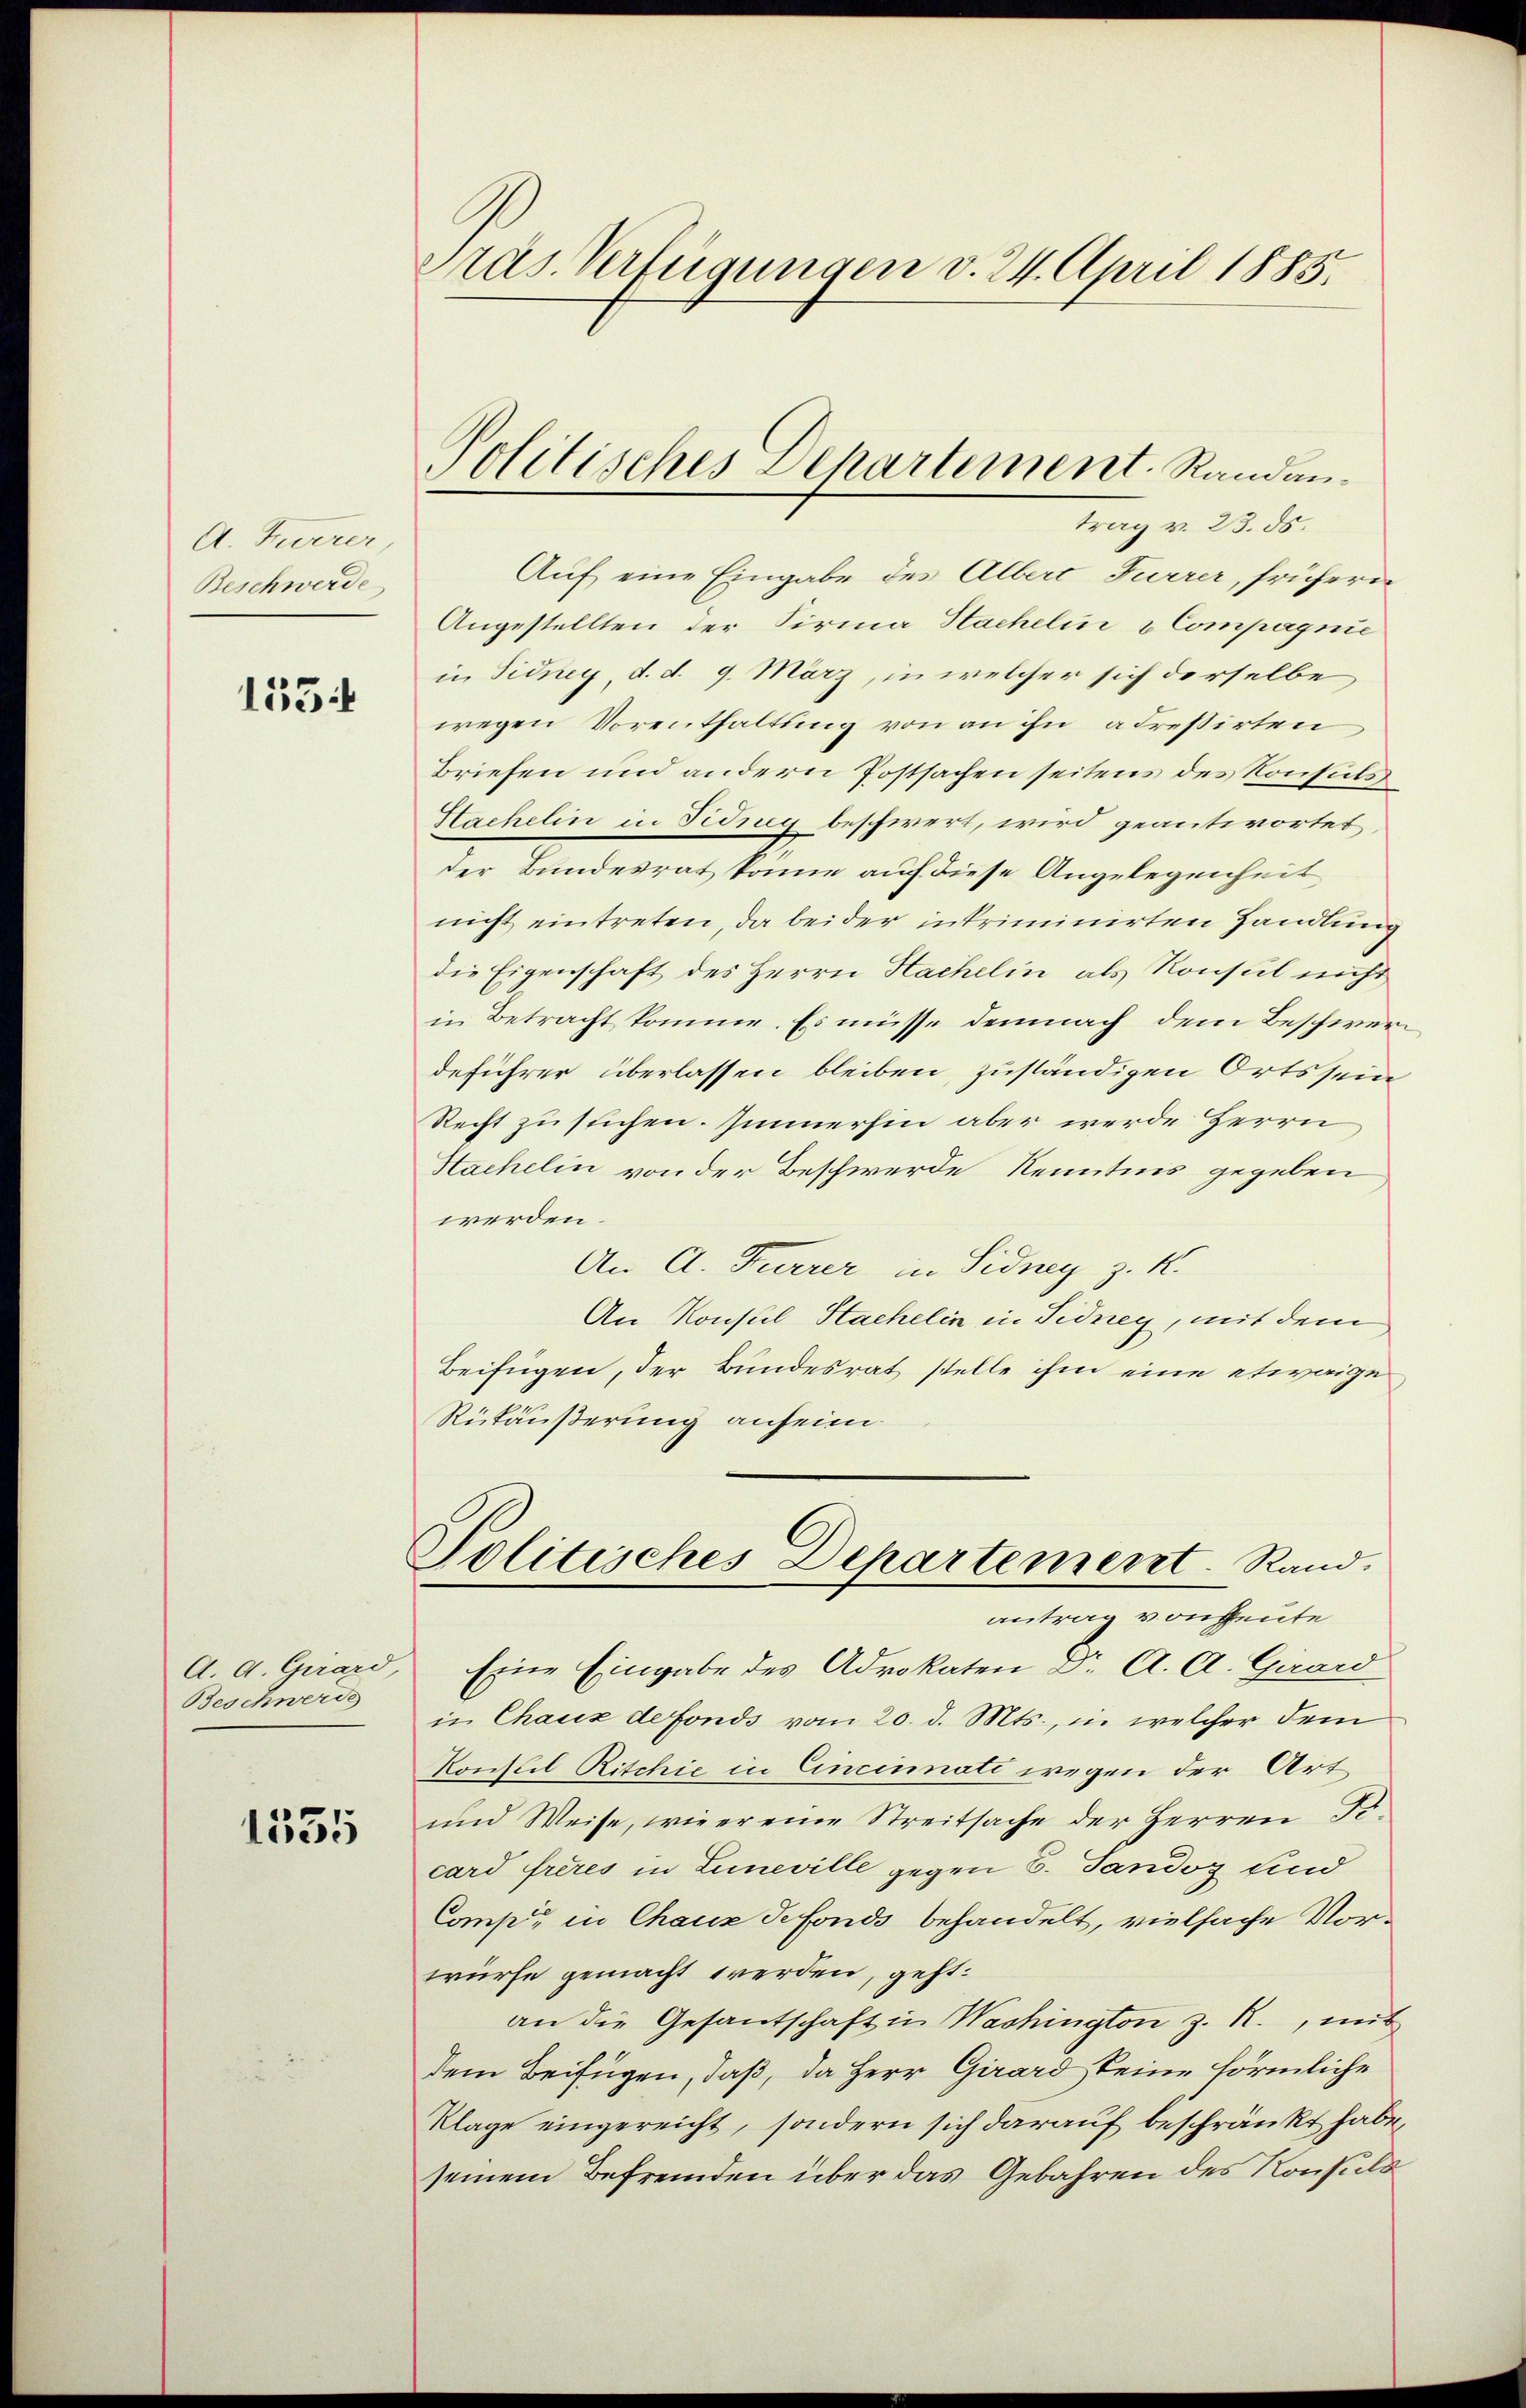
A. Zuverer
Beschwerde

1554

A. A. Girard
Beschwerde

1535

Präs. Verfügungen v. 24. April 1885.

trag v. 23. ds.
Auf eine Eingabe des Albert Furrer, frühern
Angestellten der Firma Hachelin & Compagnie
in Sidney, d. d. 9. März, in welcher sich derselbe
wegen Vorenthaltung von an ihn adressirten,
Briefen und andern Postsachen seitens des Konsuls
Sachelin in Fidnen beschwert, wird geantwortet,
der Bundesrat könne auf diese Angelegenheit
nicht eintreten, da beider intriminirten Handlung
die Eigenschaft des Herrn Hachelin als Konsul nicht
in Betracht komme. Es müsse demnach dem Beschwerdeführer überlassen bleiben, zuständigen Orts sein
Recht zu suchen. Immerhin aber werde Herrn
Hachelin von der Beschwerde Kenntnis gegeben
werden.
An A. Furrer in Sidney z. K.
An Konsul Haehelin in Tidney, mit dem
Beifügen, der Bundesrat stelle ihm eine etwaige
Rükäußerung anheim
Politisches Departement. Rand.
antrag von heute
Eine Eingabe des Advokaten Dr. A. A. Girard
in Chaux de fonds vom 20. d. Mts., in welcher dem
Konstil Ritchie in Cincinati wegen der Art
und Weise, wie er eine Streitsache der Herren Ficard frères in Zuneville gegen 6. Tandoz sind
Comp. in Chauz Sefonds behandelt, vielfache Vorwürfe gemacht werden, geht:
an die Gesandschaft in Washington z. R., mit
dem Beifügen, daß, da Herr Girard keine förmliche
Klage eingereicht, sondern sich darauf beschränkt habe,
seinem Befremden über das Gebahren des Konsuls

Politisches Departement. Randan¬